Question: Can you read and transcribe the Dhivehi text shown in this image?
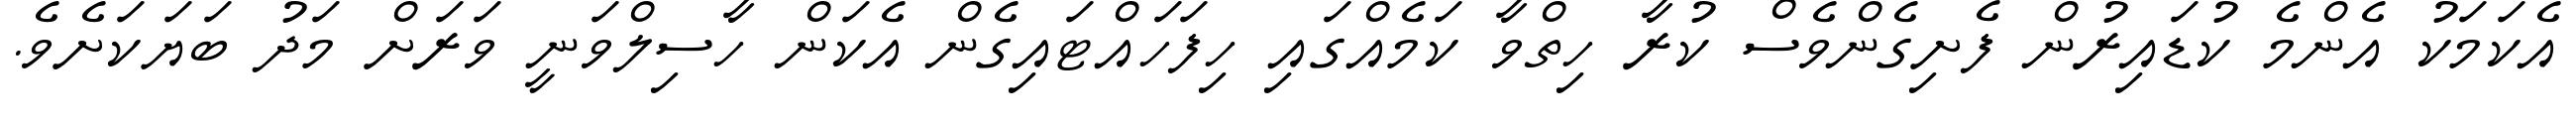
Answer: އެކަމަކު އެންމެ ކުޑައިރުން ފެށިގެންވެސް ކުރާ ހިތްވާ ކަމެއްގައި ހިފަހައްޓައިގެން އެކަން ހާސިލްވަނީ ވަރަށް މަދު ބަޔަކަށެވެ.